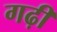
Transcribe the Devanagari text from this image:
गढ़ीं